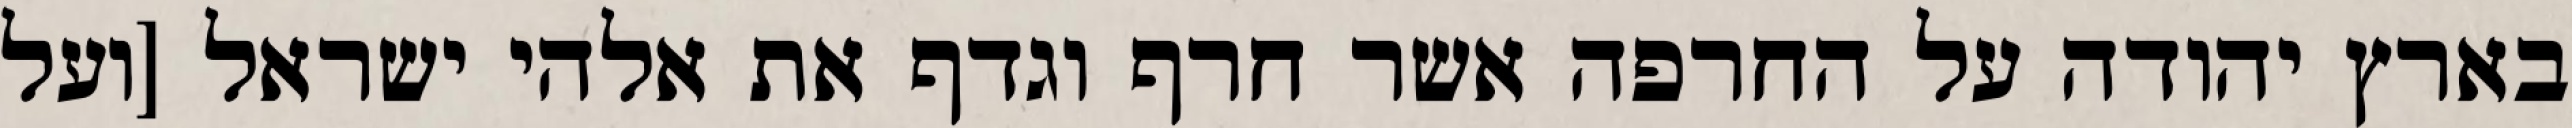
בארץ יהודה על החרפה אשר חרף וגדף את אלהי ישראל [ועל